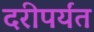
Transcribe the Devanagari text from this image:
दरीपर्यंत